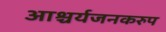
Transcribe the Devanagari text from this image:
आश्चर्यजनकरुप